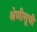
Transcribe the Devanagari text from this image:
श्रेणीसूची